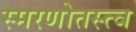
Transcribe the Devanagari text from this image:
स्मरणोतस्त्व